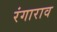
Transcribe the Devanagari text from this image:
रंगाराव